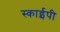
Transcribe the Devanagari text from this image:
स्काईपी